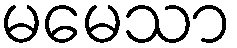
မမေသာ